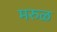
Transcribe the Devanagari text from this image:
मरुळ